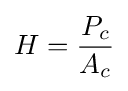
H={\frac {P_{c}}{A_{c}}}